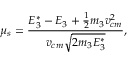
\mu _ { s } = \frac { E _ { 3 } ^ { * } - E _ { 3 } + \frac { 1 } { 2 } m _ { 3 } v _ { c m } ^ { 2 } } { v _ { c m } \sqrt { 2 m _ { 3 } E _ { 3 } ^ { * } } } ,